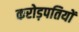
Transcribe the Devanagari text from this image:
करोड़पतियों